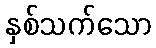
နှစ်သက်သော